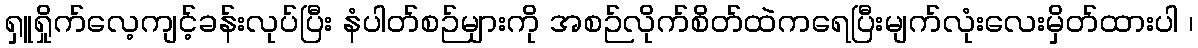
ရှူရှိုက်လေ့ကျင့်ခန်းလုပ်ပြီး နံပါတ်စဉ်များကို အစဉ်လိုက်စိတ်ထဲကရေပြီးမျက်လုံးလေးမှိတ်ထားပါ ၊